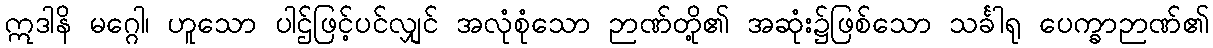
ဣဒါနိ မဂ္ဂေါ၊ ဟူသော ပါဌ်ဖြင့်ပင်လျှင် အလုံစုံသော ဉာဏ်တို့၏ အဆုံး၌ဖြစ်သော သင်္ခါရု ပေက္ခာဉာဏ်၏